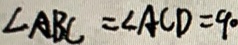
\angle A B C = \angle A C D = 9 0